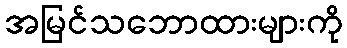
အမြင်သဘောထားများကို